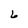
Character: 6